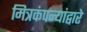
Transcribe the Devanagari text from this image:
मित्रकंपन्यांद्वारे